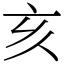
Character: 亥